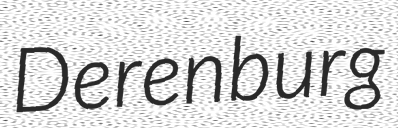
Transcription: Derenburg